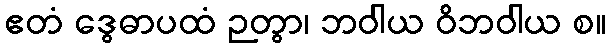
ဧတံ ဒွေဓာပထံ ဉတွာ၊ ဘဝါယ ဝိဘဝါယ စ။